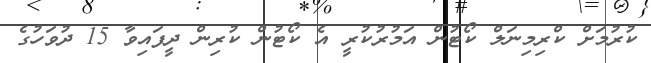
ކުރުމަށް ކްރިމިނަލް ކޯޓުން އަމުރުކުރީ އެ ކޯޓުން ކުރިން ދީފައިވާ 15 ދުވަހުގެ